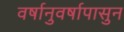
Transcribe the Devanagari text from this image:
वर्षानुवर्षापासुन